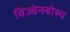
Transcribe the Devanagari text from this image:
विज्डेनबोस्च